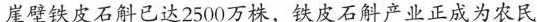
崖壁铁皮石斛已达2500万株，铁皮石斛产业正成为农民